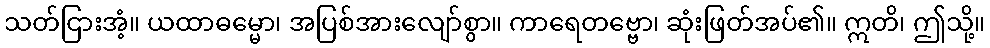
သတ်ငြားအံ့။ ယထာဓမ္မော၊ အပြစ်အားလျော်စွာ။ ကာရေတဗ္ဗော၊ ဆုံးဖြတ်အပ်၏။ ဣတိ၊ ဤသို့။